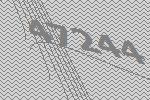
47244